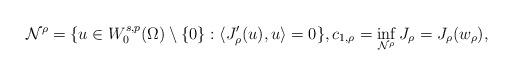
LaTeX: \begin{align*}{\mathcal N}^\rho=\{u\in W^{s,p}_0(\Omega)\setminus\{0\}:\langle J'_\rho (u), u\rangle=0\},c_{1, \rho}=\inf_{{\mathcal N}^\rho}J_\rho=J_\rho(w_\rho),\end{align*}